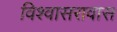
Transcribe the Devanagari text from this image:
विश्वासरावास